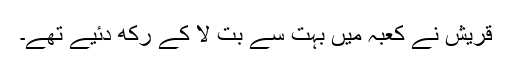
قریش نے کعبہ میں بہت سے بت لا کے رکھ دئیے تھے۔